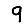
Digit: 9